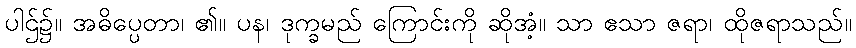
ပါဌ်၌။ အဓိပ္ပေတာ၊ ၏။ ပန၊ ဒုက္ခမည် ကြောင်းကို ဆိုအံ့။ သာ ဧသာ ဇရာ၊ ထိုဇရာသည်။